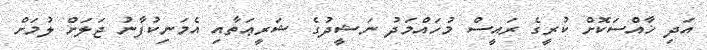
އަދި ޚާއްސަކޮށް ކުރީގެ ރައީސް މުހައްމަދު ނަޝީދުގެ ޝަރީޢަތާއި އެމަނިކުފާނު ޖަލަށް ލުމަށް